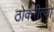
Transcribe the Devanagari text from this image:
ठोकरीत्या